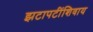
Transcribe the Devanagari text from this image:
झटापटींशिवाय